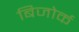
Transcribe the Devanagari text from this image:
बिजोर्क